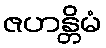
ဇဟန္တိမံ